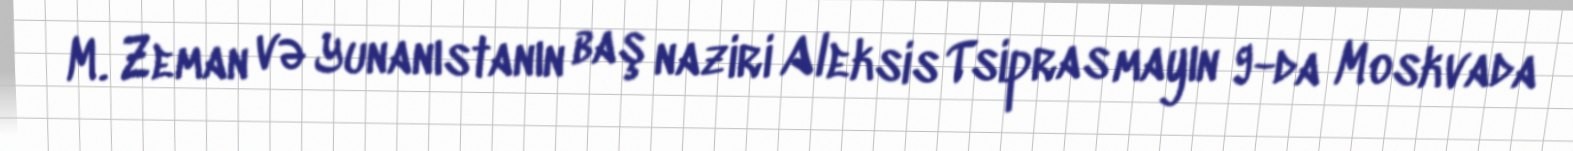
M. Zeman və Yunanıstanın baş naziri Aleksis Tsipras mayın 9-da Moskvada